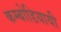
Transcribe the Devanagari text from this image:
कम्बोडियायी